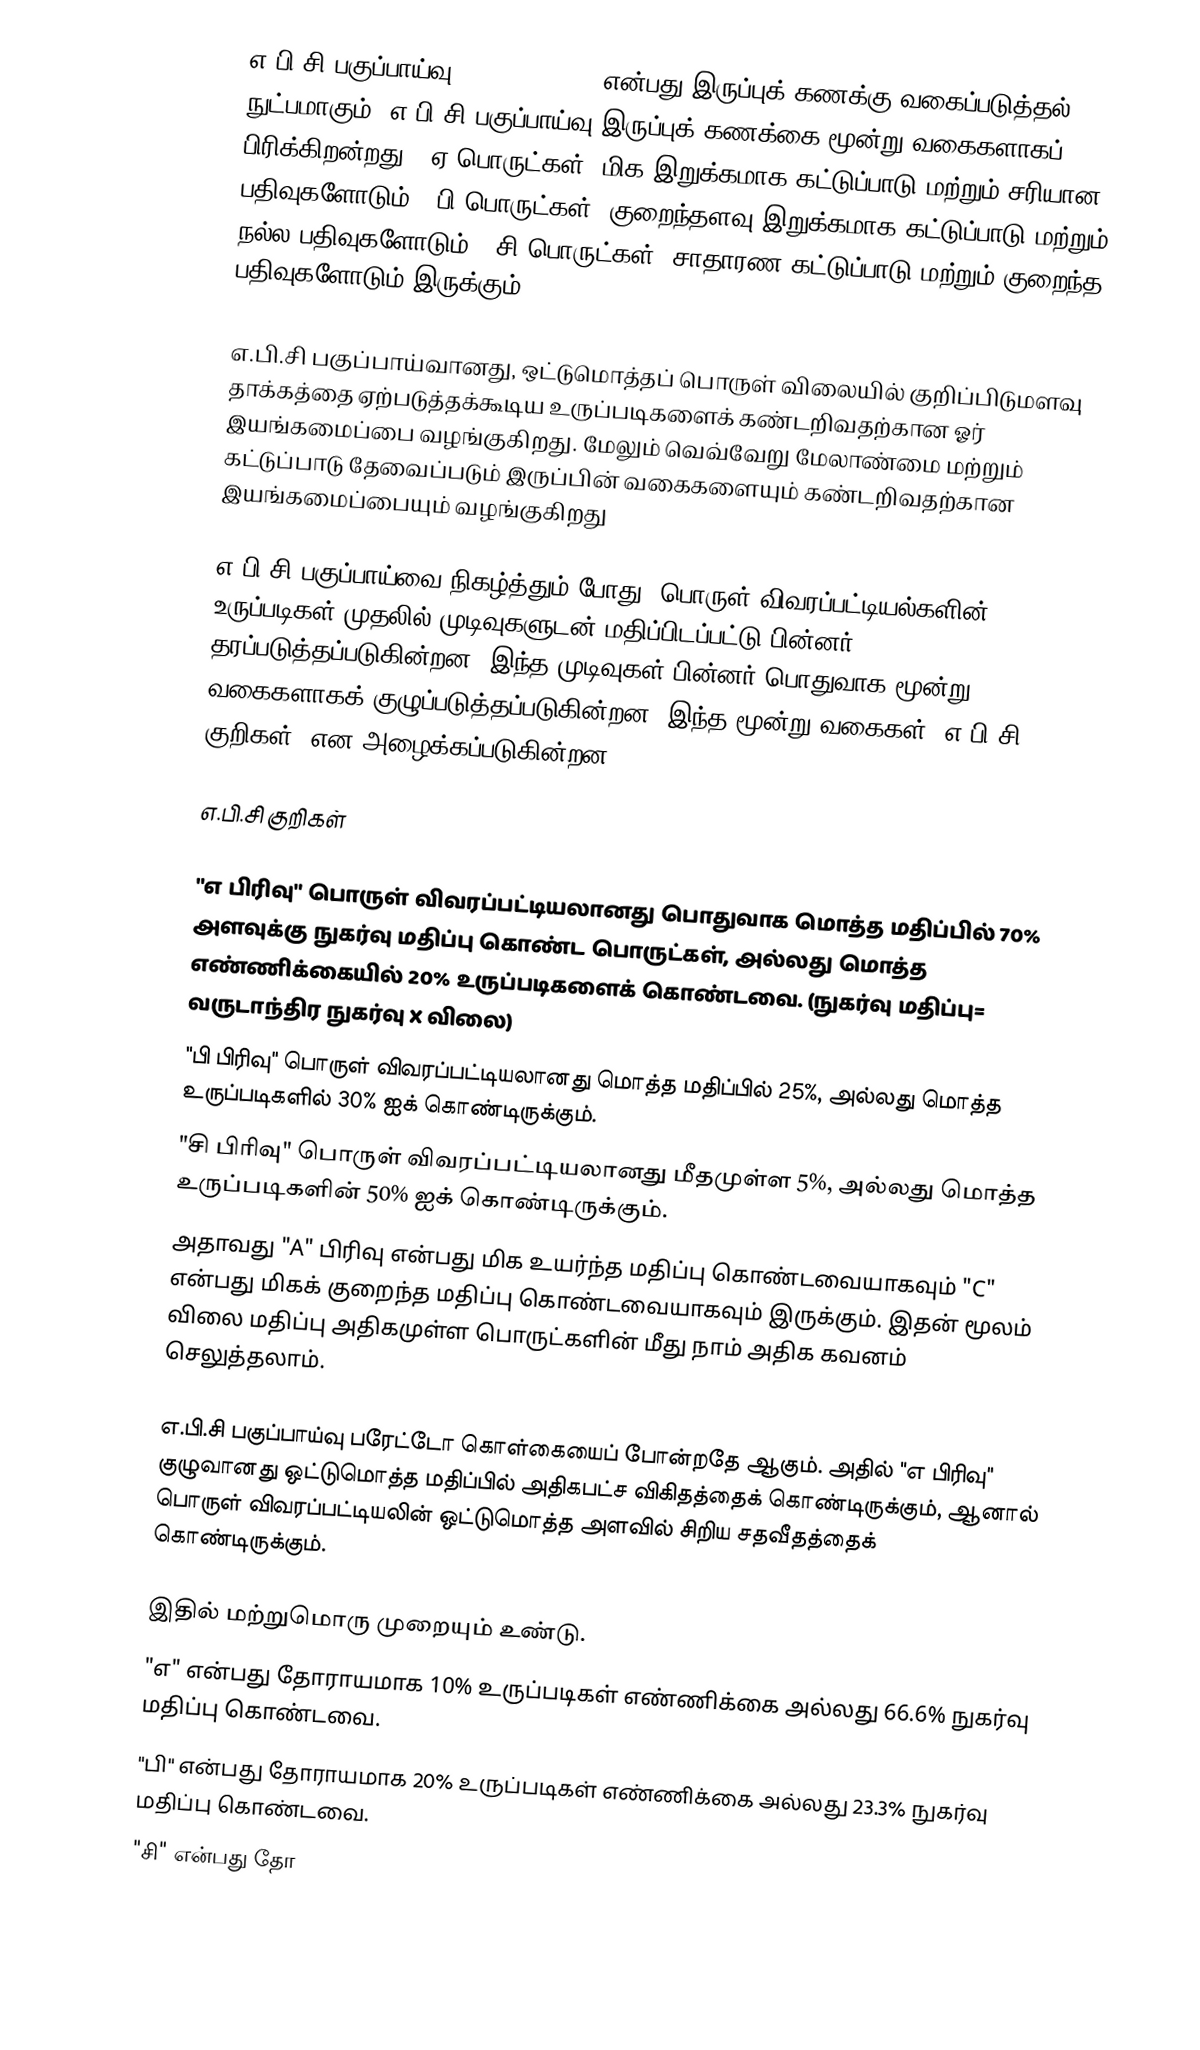
எ.பி.சி பகுப்பாய்வு (ABC analysis) என்பது இருப்புக் கணக்கு வகைப்படுத்தல் நுட்பமாகும். எ.பி.சி பகுப்பாய்வு இருப்புக் கணக்கை மூன்று வகைகளாகப் பிரிக்கிறன்றது. "ஏ பொருட்கள்" மிக இறுக்கமாக கட்டுப்பாடு மற்றும் சரியான பதிவுகளோடும், "பி பொருட்கள்" குறைந்தளவு இறுக்கமாக கட்டுப்பாடு மற்றும் நல்ல பதிவுகளோடும், "சி பொருட்கள்" சாதாரண கட்டுப்பாடு மற்றும் குறைந்த பதிவுகளோடும் இருக்கும்.

எ.பி.சி பகுப்பாய்வானது, ஒட்டுமொத்தப் பொருள் விலையில் குறிப்பிடுமளவு தாக்கத்தை ஏற்படுத்தக்கூடிய உருப்படிகளைக் கண்டறிவதற்கான ஓர் இயங்கமைப்பை வழங்குகிறது. மேலும் வெவ்வேறு மேலாண்மை மற்றும் கட்டுப்பாடு தேவைப்படும் இருப்பின் வகைகளையும் கண்டறிவதற்கான இயங்கமைப்பையும் வழங்குகிறது

எ.பி.சி பகுப்பாய்வை நிகழ்த்தும் போது, பொருள் விவரப்பட்டியல்களின் உருப்படிகள் முதலில் முடிவுகளுடன் மதிப்பிடப்பட்டு பின்னர் தரப்படுத்தப்படுகின்றன. இந்த முடிவுகள் பின்னர் பொதுவாக மூன்று வகைகளாகக் குழுப்படுத்தப்படுகின்றன. இந்த மூன்று வகைகள் "எ.பி.சி குறிகள்" என அழைக்கப்படுகின்றன.

எ.பி.சி குறிகள்

"எ பிரிவு" பொருள் விவரப்பட்டியலானது பொதுவாக மொத்த மதிப்பில் 70% அளவுக்கு நுகர்வு மதிப்பு கொண்ட பொருட்கள், அல்லது மொத்த எண்ணிக்கையில் 20% உருப்படிகளைக் கொண்டவை. (நுகர்வு மதிப்பு= வருடாந்திர நுகர்வு X விலை)
"பி பிரிவு" பொருள் விவரப்பட்டியலானது மொத்த மதிப்பில் 25%, அல்லது மொத்த உருப்படிகளில் 30% ஐக் கொண்டிருக்கும்.
"சி பிரிவு" பொருள் விவரப்பட்டியலானது மீதமுள்ள 5%, அல்லது மொத்த உருப்படிகளின் 50% ஐக் கொண்டிருக்கும்.
அதாவது "A" பிரிவு என்பது மிக உயர்ந்த மதிப்பு கொண்டவையாகவும் "C" என்பது மிகக் குறைந்த மதிப்பு கொண்டவையாகவும் இருக்கும். இதன் மூலம் விலை மதிப்பு அதிகமுள்ள பொருட்களின் மீது நாம் அதிக கவனம் செலுத்தலாம்.

எ.பி.சி பகுப்பாய்வு பரேட்டோ கொள்கையைப் போன்றதே ஆகும். அதில் "எ பிரிவு" குழுவானது ஒட்டுமொத்த மதிப்பில் அதிகபட்ச விகிதத்தைக் கொண்டிருக்கும், ஆனால் பொருள் விவரப்பட்டியலின் ஒட்டுமொத்த அளவில் சிறிய சதவீதத்தைக் கொண்டிருக்கும்.

இதில் மற்றுமொரு முறையும் உண்டு.
 "எ" என்பது தோராயமாக  10% உருப்படிகள் எண்ணிக்கை அல்லது 66.6% நுகர்வு மதிப்பு கொண்டவை.
 "பி" என்பது தோராயமாக 20% உருப்படிகள் எண்ணிக்கை அல்லது 23.3% நுகர்வு மதிப்பு கொண்டவை.
 "சி" என்பது தோ